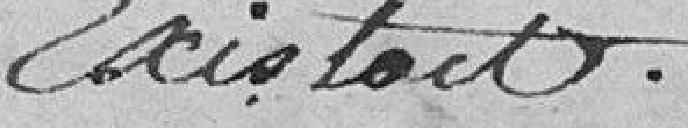
existait.